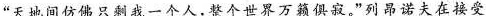
”天地间仿佛只剩一个人，整个世界万籁俱寂。”列昂诺夫在接受